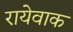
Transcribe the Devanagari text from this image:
रायेवाक